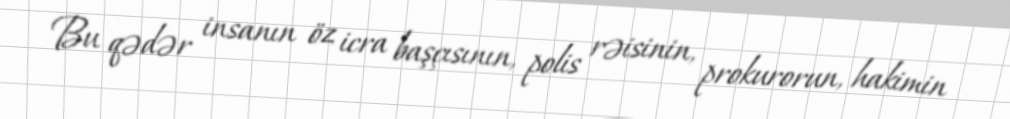
Bu qədər insanın öz icra başçısının, polis rəisinin, prokurorun, hakimin